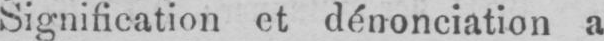
Signification et dénonciation a